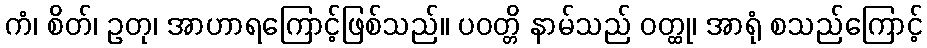
ကံ၊ စိတ်၊ ဥတု၊ အာဟာရကြောင့်ဖြစ်သည်။ ပဝတ္တိ နာမ်သည် ဝတ္ထု၊ အာရုံ စသည်ကြောင့်